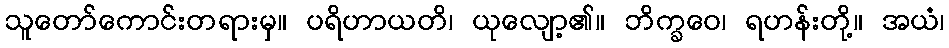
သူတော်ကောင်းတရားမှ။ ပရိဟာယတိ၊ ယုလျော့၏။ ဘိက္ခဝေ၊ ရဟန်းတို့။ အယံ၊